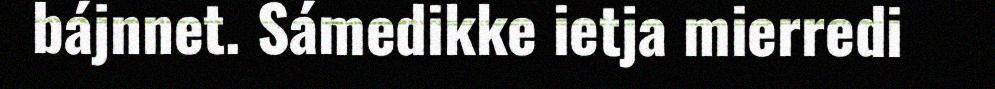
bájnnet. Sámedikke ietja mierredi